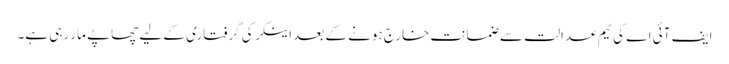
ایف آئی اے کی ٹیم عدالت سے ضمانت خارج ہونے کے بعد اینکر کی گرفتاری کے لیے چھاپے مار رہی ہے۔